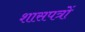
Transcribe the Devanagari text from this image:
शासपत्रों